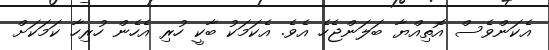
އެކަންވެސް އޮތިއްޔާ ބަލަންޖެހެ އެވެ. އެކަމަކު ބާކީ ހުރި އެހެން ހުރިހާ ކަމަކަށް